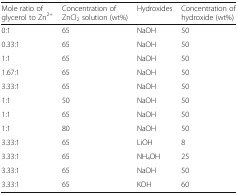
<table><thead><tr><td><b>Mole ratio of glycerol to Zn<sup>2+</sup></b></td><td><b>Concentration of ZnCl<sub>2</sub> solution (wt%)</b></td><td><b>Hydroxides</b></td><td><b>Concentration of hydroxide (wt%)</b></td></tr></thead><tbody><tr><td>0:1</td><td>65</td><td>NaOH</td><td>50</td></tr><tr><td>0.33:1</td><td>65</td><td>NaOH</td><td>50</td></tr><tr><td>1:1</td><td>65</td><td>NaOH</td><td>50</td></tr><tr><td>1.67:1</td><td>65</td><td>NaOH</td><td>50</td></tr><tr><td>3.33:1</td><td>65</td><td>NaOH</td><td>50</td></tr><tr><td>1:1</td><td>50</td><td>NaOH</td><td>50</td></tr><tr><td>1:1</td><td>65</td><td>NaOH</td><td>50</td></tr><tr><td>1:1</td><td>80</td><td>NaOH</td><td>50</td></tr><tr><td>3.33:1</td><td>65</td><td>LiOH</td><td>8</td></tr><tr><td>3.33:1</td><td>65</td><td>NH<sub>4</sub>OH</td><td>25</td></tr><tr><td>3.33:1</td><td>65</td><td>NaOH</td><td>50</td></tr><tr><td>3.33:1</td><td>65</td><td>KOH</td><td>60</td></tr></tbody></table>